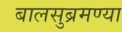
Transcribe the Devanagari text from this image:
बालसुब्रमण्या